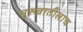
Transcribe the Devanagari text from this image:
सुरूवातीलाच